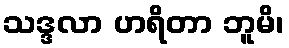
သဒ္ဒလာ ဟရိတာ ဘူမိ၊